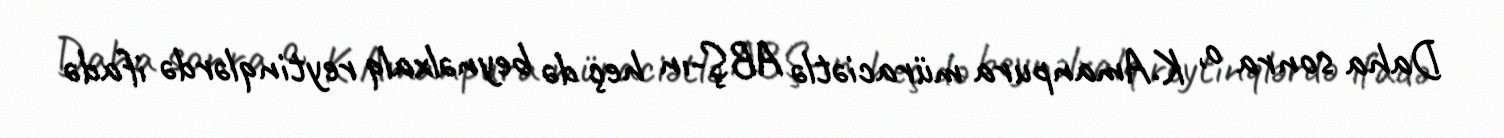
Daha sonra o, K.Amanpura müraciətlə ABŞ-ın heç də beynəlxalq reytinqlərdə ifadə